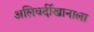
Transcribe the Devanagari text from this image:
अलिवर्दीखानाला